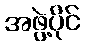
အဖွဲ့ပိုင်